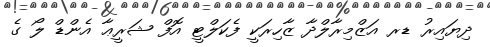
ދިޔައިރު ޑރ އަޒްމިރާލްދާ ޒާހިރަކީ ފެކަލްޓީ އޮފް ޝަރީޢާ އެންޑް ލޯ ގެ